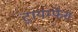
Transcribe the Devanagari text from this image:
ट्रायम्फेंस